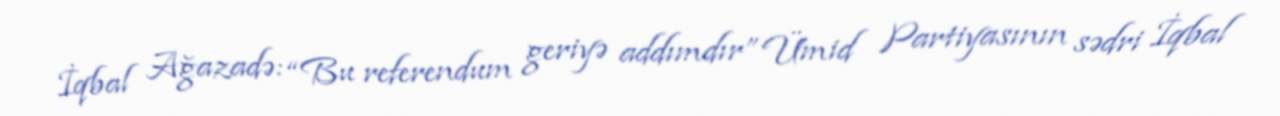
İqbal Ağazadə: “Bu referendum geriyə addımdır” Ümid Partiyasının sədri İqbal